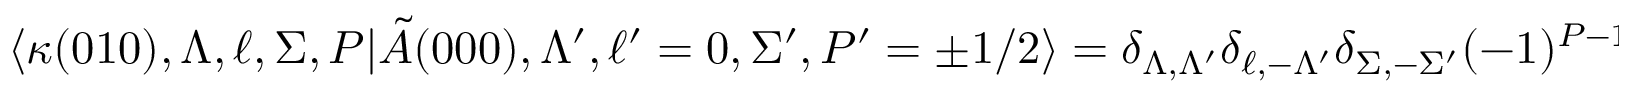
\langle \kappa ( 0 1 0 ) , \Lambda , \ell , \Sigma , P | \tilde { A } ( 0 0 0 ) , \Lambda ^ { \prime } , \ell ^ { \prime } = 0 , \Sigma ^ { \prime } , P ^ { \prime } = \pm 1 / 2 \rangle = \delta _ { \Lambda , \Lambda ^ { \prime } } \delta _ { \ell , - \Lambda ^ { \prime } } \delta _ { \Sigma , - \Sigma ^ { \prime } } ( - 1 ) ^ { P - 1 / 2 }